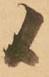
候